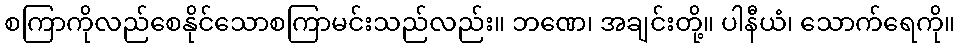
စကြာကိုလည်စေနိုင်သောစကြာမင်းသည်လည်း။ ဘဏေ၊ အချင်းတို့။ ပါနီယံ၊ သောက်ရေကို။